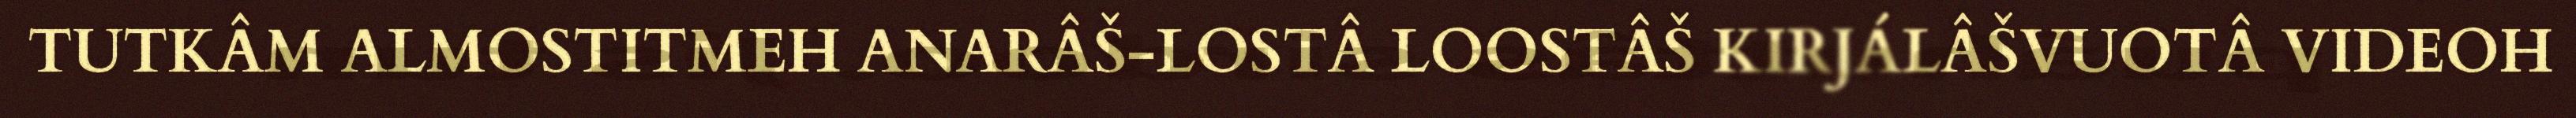
TUTKÂM ALMOSTITMEH ANARÂŠ-LOSTÂ LOOSTÂŠ KIRJÁLÂŠVUOTÂ VIDEOH